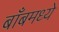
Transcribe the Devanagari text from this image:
बाँबमध्ये